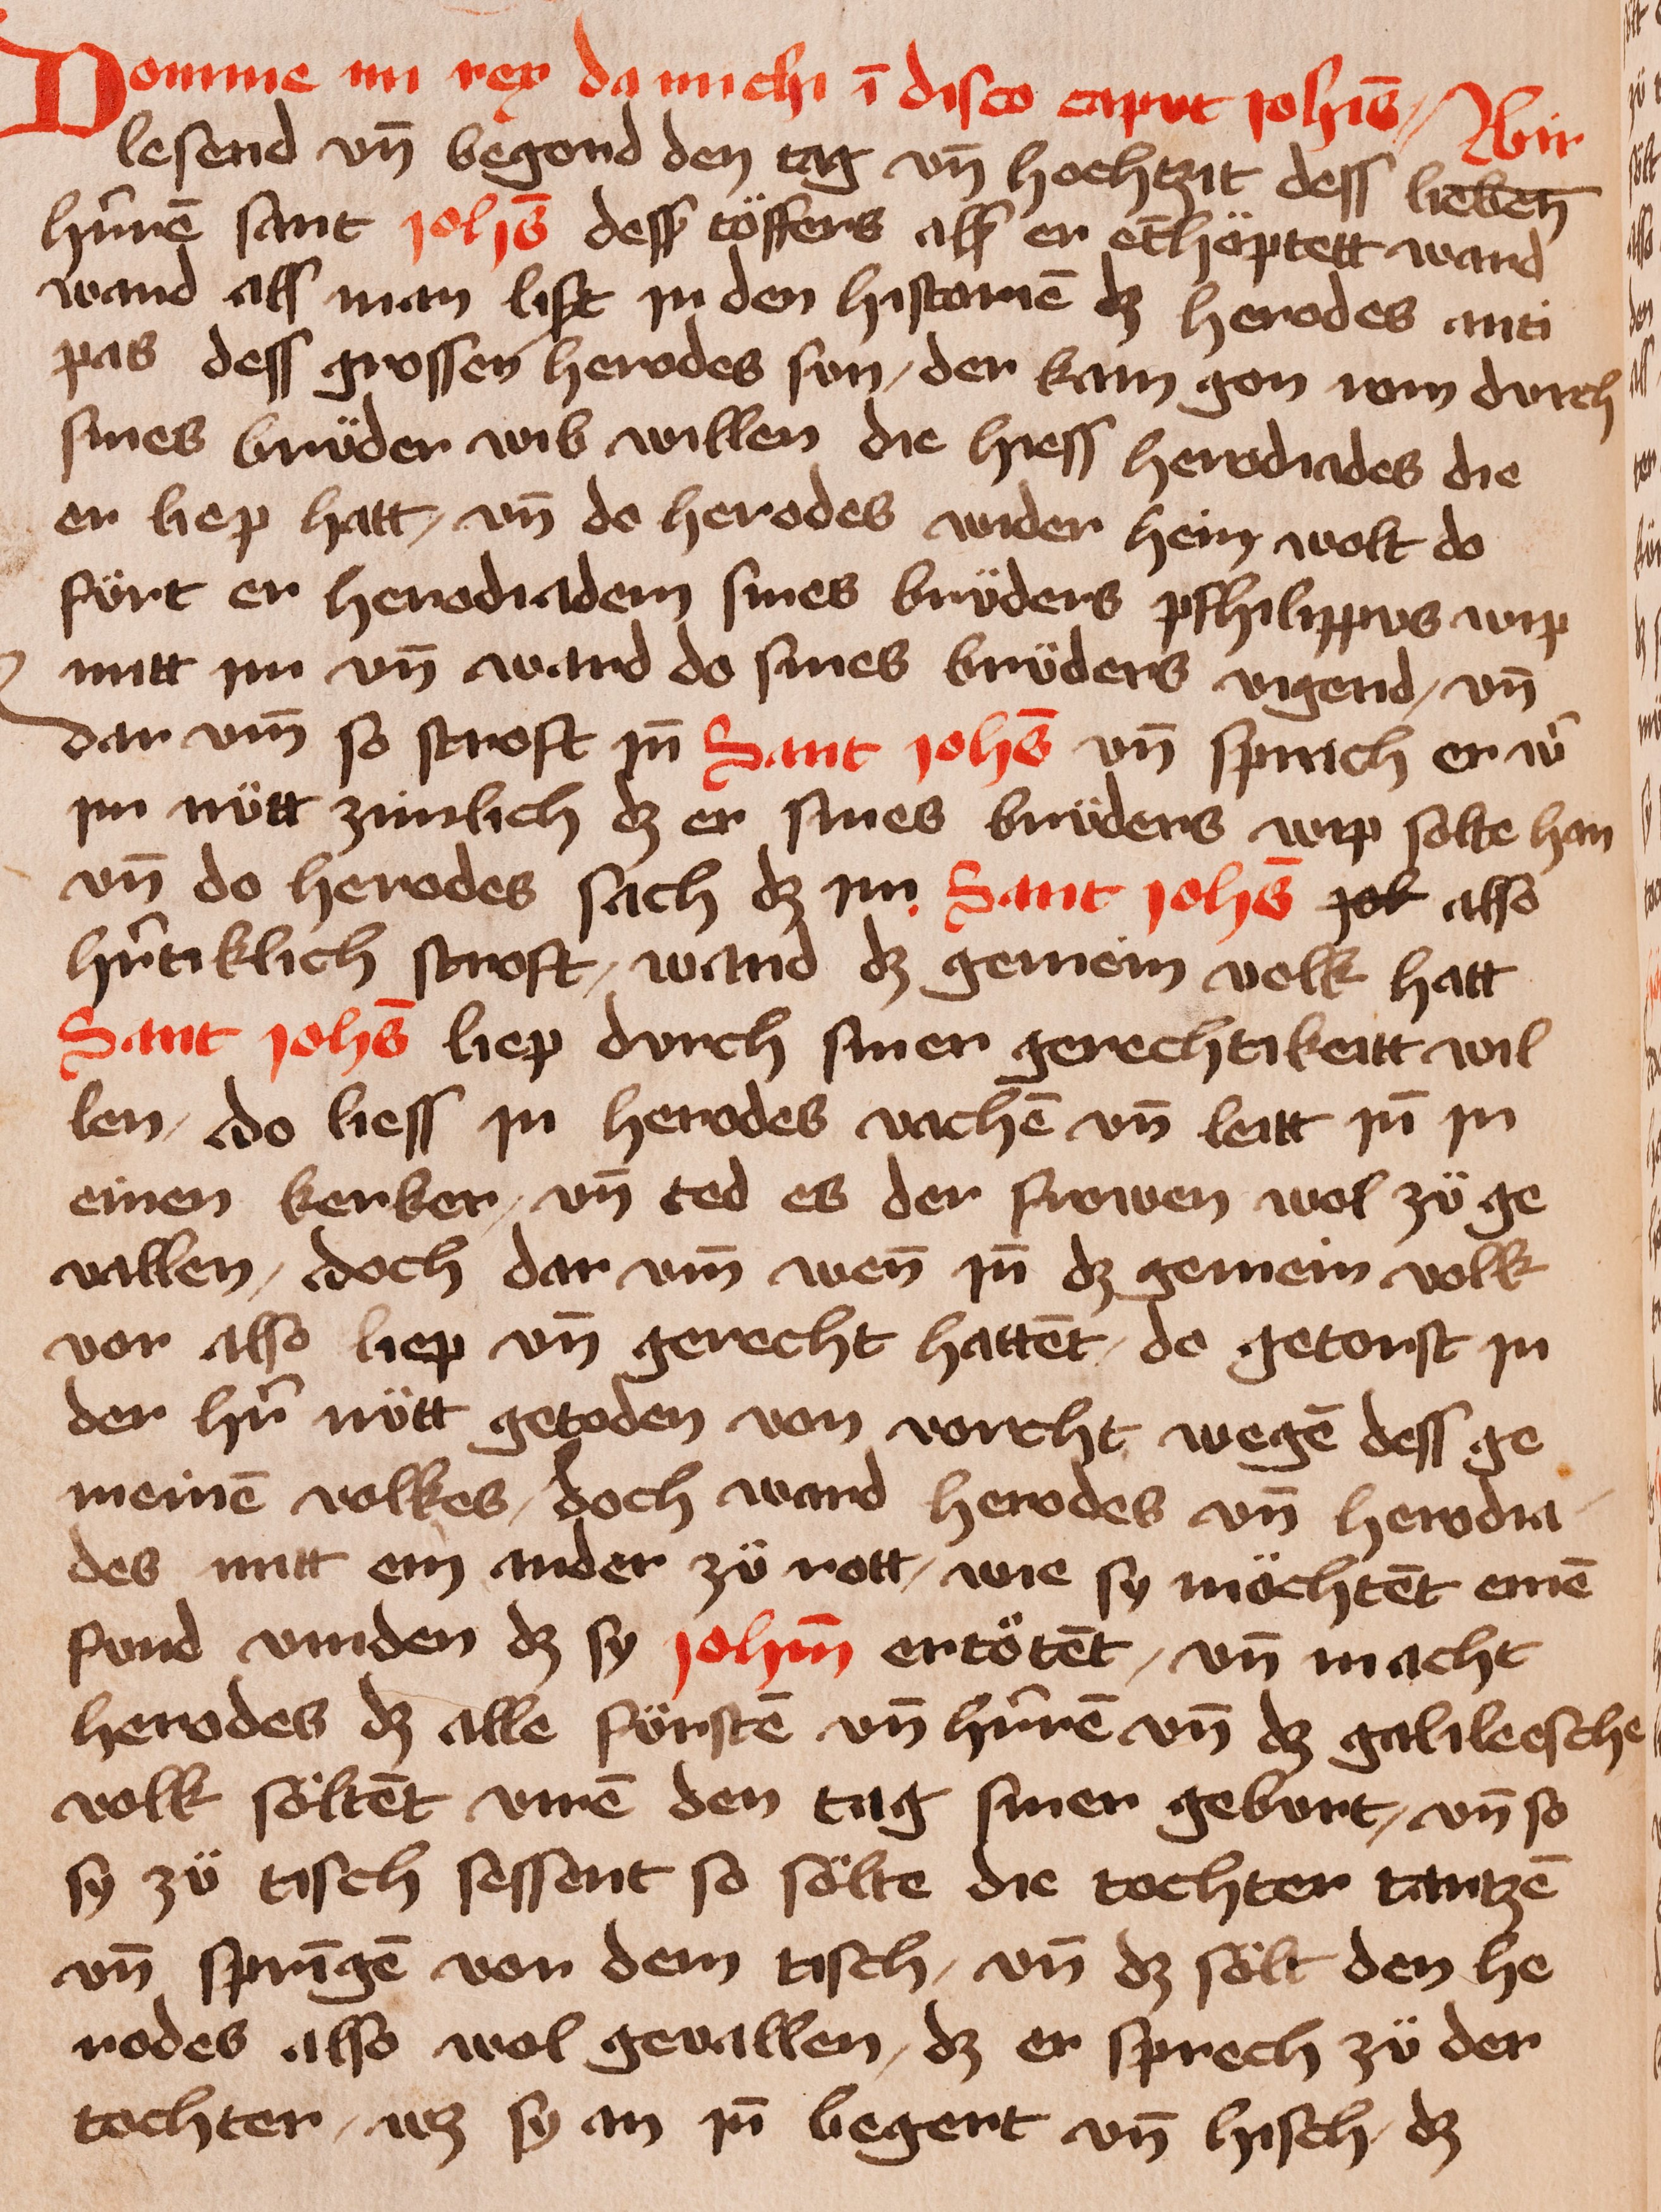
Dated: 1400–1449